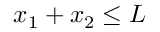
x _ { 1 } + x _ { 2 } \leq L